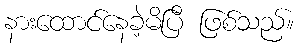
နားထောင်နေခဲ့မိပြီ ဖြစ်သည်။